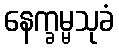
နေက္ခမ္မသုခံ